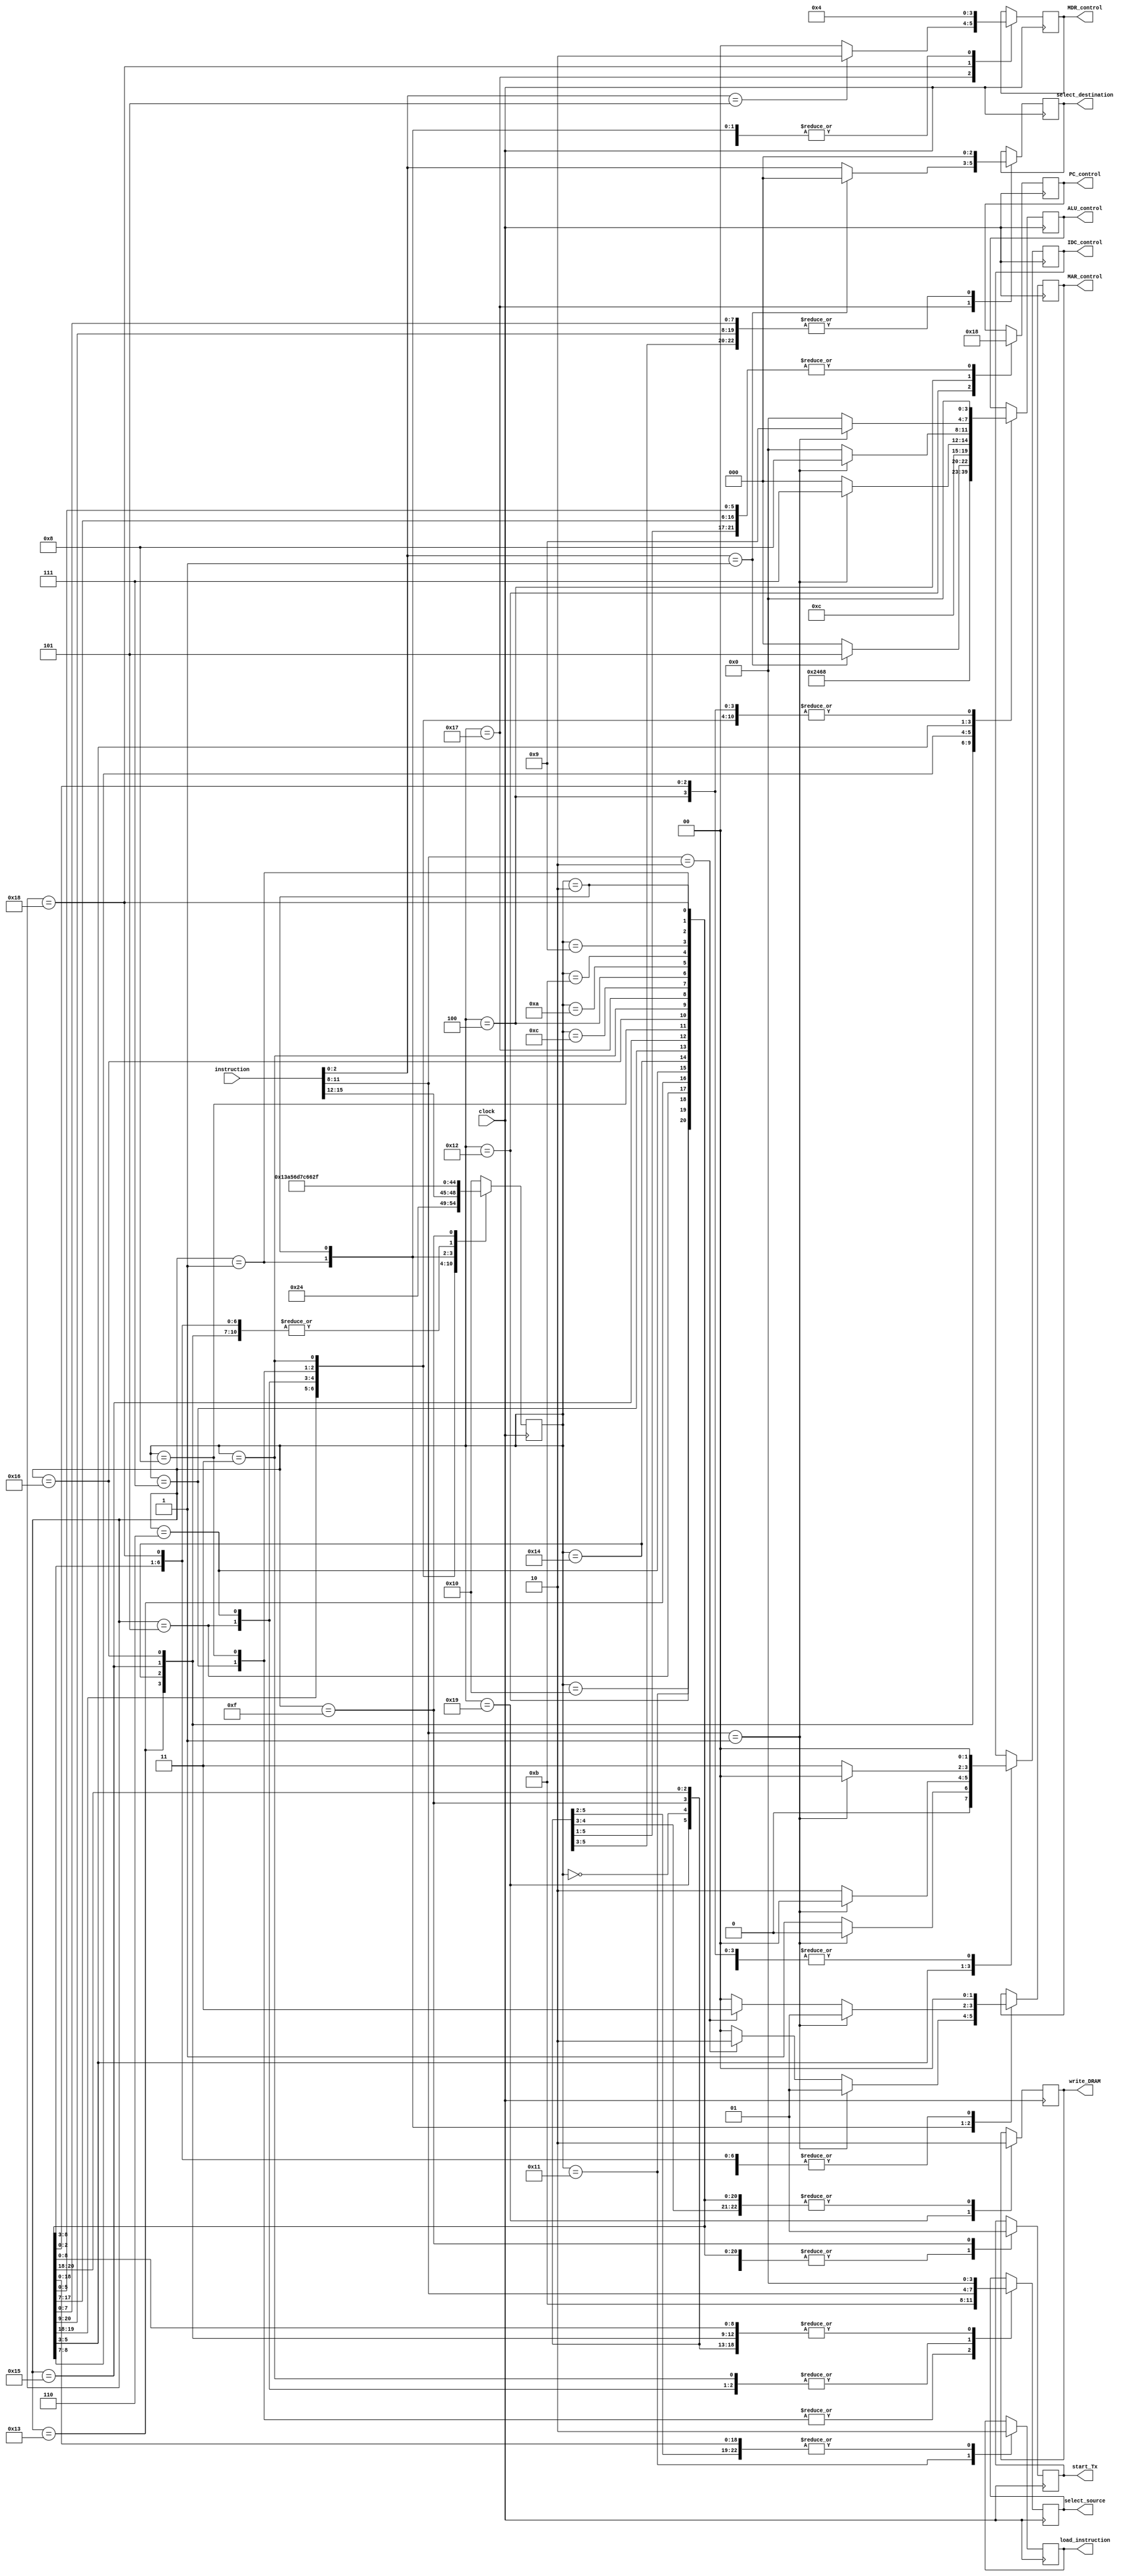
module statemachine(input [15:0] instruction,
					input clock,
					output reg load_instruction,
					output reg [3:0] ALU_control,
					output reg [3:0] select_source,
					output reg [2:0] select_destination,
					output reg [1:0] IDC_control,
					output reg [1:0] MDR_control,
					output reg [1:0] MAR_control,
					output reg [1:0] PC_control,
					output reg write_DRAM,
					output reg start_Tx
					);
		
							
reg [4:0] state;
reg [3:0] source_register;
reg [2:0] destination_register;
reg [3:0] opcode;

initial
begin
	state = 5'b10000; //start
end

always@(instruction)
begin
	opcode = instruction[15:12];
	source_register = instruction[11:8];
	destination_register = instruction[2:0];
end

always@(negedge clock)
begin
	case(state)
		5'b10000: //start (16)
			begin
				load_instruction <= 0;
				ALU_control <= 4'b0000;
				select_source <= 4'b0000;
				select_destination <= 3'b000;
				PC_control <= 2'b00;
				IDC_control <= 2'b00;
				MDR_control <= 2'b00;
				MAR_control <= 2'b00;
				write_DRAM <= 0;
				start_Tx <= 0;
				state <= 5'b10001; //fetch1							
			end
			
		5'b10001: //fetch1 (17)
			begin
				load_instruction <= 1; //read IRAM
				ALU_control <= 4'b0000;
				select_source <= 4'b0000;
				select_destination <= 3'b000;
				PC_control <= 2'b00;
				IDC_control <= 2'b00;
				MDR_control <= 2'b00;
				MAR_control <= 2'b00;
				write_DRAM <= 0;
				start_Tx <= 0;
				state <= 5'b10010; //fetch2
			end
			
		5'b10010: //fetch2 (18)
			begin
				load_instruction <= 0;
				ALU_control <= 4'b0000;
				select_source <= 4'b0000;
				select_destination <= 3'b000;
				PC_control <= 2'b01; //increment PC
				IDC_control <= 2'b00;
				MDR_control <= 2'b00;
				MAR_control <= 2'b00;
				write_DRAM <= 0;
				start_Tx <= 0;
				state <= {1'b0, opcode}; //loaded instruction
			end
			
		5'b00101: //add1 (5)
			begin
				load_instruction <= 0;
				ALU_control <= 4'b0000;
				select_source <= source_register; //copy register to the Bus
				select_destination <= 3'b000;
				PC_control <= 2'b00;
				IDC_control <= 2'b00;
				MDR_control <= 2'b00;
				MAR_control <= 2'b00;
				write_DRAM <= 0;
				start_Tx <= 0;
				state <= 5'b10011; //add2
			end
		
		5'b10011: //add2 (19)
			begin
				load_instruction <= 0;
				ALU_control <= 4'b0001; // AC + Bus
				select_source <= 4'b0000;
				select_destination <= 3'b000;
				PC_control <= 2'b00;
				IDC_control <= 2'b00;
				MDR_control <= 2'b00;
				MAR_control <= 2'b00;
				write_DRAM <= 0;
				start_Tx <= 0;
				state <= 5'b10001; //fetch1
			end
			
		5'b00110: //sub1 (6)
			begin
				load_instruction <= 0;
				ALU_control <= 4'b0000;
				select_source <= source_register; //copy register to the Bus
				select_destination <= 3'b000;
				PC_control <= 2'b00;
				IDC_control <= 2'b00;
				MDR_control <= 2'b00;
				MAR_control <= 2'b00;
				write_DRAM <= 0;
				start_Tx <= 0;
				state <= 5'b10100; //add2
			end
		
		5'b10100: //sub2 (20)
			begin
				load_instruction <= 0;
				ALU_control <= 4'b0010; // AC - Bus
				select_source <= 4'b0000;
				select_destination <= 3'b000;
				PC_control <= 2'b00;
				IDC_control <= 2'b00;
				MDR_control <= 2'b00;
				MAR_control <= 2'b00;
				write_DRAM <= 0;
				start_Tx <= 0;
				state <= 5'b10001; //fetch1
			end
			
		5'b00111: //mul1 (7)
			begin
				load_instruction <= 0;
				ALU_control <= 4'b0000;
				select_source <= 4'b1011;  //copy constant(from instruction) to the Bus
				select_destination <= 3'b000;
				PC_control <= 2'b00;
				IDC_control <= 2'b00;
				MDR_control <= 2'b00;
				MAR_control <= 2'b00;
				write_DRAM <= 0;
				start_Tx <= 0;
				state <= 5'b10101; //mul2
			end
			
		5'b10101: //mul2 (13)
			begin
				load_instruction <= 0;
				ALU_control <= 4'b0011; // AC * Bus
				select_source <= 4'b0000;
				select_destination <= 3'b000;
				PC_control <= 2'b00;
				IDC_control <= 2'b00;
				MDR_control <= 2'b00;
				MAR_control <= 2'b00;
				write_DRAM <= 0;
				start_Tx <= 0;
				state <= 5'b10001; //fetch1
			end
			
		5'b01000: //div1 (8)
			begin
				load_instruction <= 0;
				ALU_control <= 4'b0000;
				select_source <= 4'b1011; //copy constant(from instruction) to the Bus
				select_destination <= 3'b000;
				PC_control <= 2'b00;
				IDC_control <= 2'b00;
				MDR_control <= 2'b00;
				MAR_control <= 2'b00;
				write_DRAM <= 0;
				start_Tx <= 0;
				state <= 5'b10110; //div2
			end
			
		5'b10110: //div2 (22)
			begin
				load_instruction <= 0;
				ALU_control <= 4'b0100; // AC / Bus
				select_source <= 4'b0000;
				select_destination <= 3'b000;
				PC_control <= 2'b00;
				IDC_control <= 2'b00;
				MDR_control <= 2'b00;
				MAR_control <= 2'b00;
				write_DRAM <= 0;
				start_Tx <= 0;
				state <= 5'b10001; //fetch1
			end
			
		5'b00011: //copy (3)
			begin
				load_instruction <= 0;
				ALU_control <= 4'b0000;
				select_source <= source_register; //copy register to the Bus
				select_destination <= 3'b000;
				PC_control <= 2'b00;
				IDC_control <= 2'b00;
				MDR_control <= 2'b00;
				MAR_control <= 2'b00;
				write_DRAM <= 0;
				start_Tx <= 0;
				state <= 5'b10111; //copy2
			end
			
		5'b10111: //copy2 (23)
			begin
				load_instruction <= 0;
				if (destination_register == 3'b001) //If the destination is AC
					ALU_control <= 4'b0101;         //Set Bus value to AC
				else
					ALU_control <= 4'b0000;
				select_source <= 4'b0000;
				if (destination_register == 3'b001) //If the destination is AC
					select_destination <= 3'b000;
				else
					select_destination <= destination_register; //Assignthe destination to Bus
				if (destination_register == 3'b101) //If the destination is MDR
					MDR_control <= 2'b10;           //Set Bus value to MDR
				else
					MDR_control <= 2'b00;
				PC_control <= 2'b00;
				IDC_control <= 2'b00;
				MAR_control <= 2'b00;
				write_DRAM <= 0;
				start_Tx <= 0;
				state <= 5'b10001; //fetch1
			end
			
		5'b01100: //loadk (12)
			begin
				load_instruction <= 0;
				ALU_control <= 4'b0110; //copy constant(from instruction) to the AC
				select_source <= 4'b0000;
				select_destination <= 3'b000;
				PC_control <= 2'b00;
				IDC_control <= 2'b00;
				MDR_control <= 2'b00;
				MAR_control <= 2'b00;
				write_DRAM <= 0;
				start_Tx <= 0;
				state <= 5'b10001; //fetch1
			end
			
		5'b00100: //jump (4)
			begin
				load_instruction <= 0;
				ALU_control <= 4'b0000;
				select_source <= 4'b0000;
				select_destination <= 3'b000;
				PC_control <= 2'b10; //copy Address(from instruction) to the PC
				IDC_control <= 2'b00;
				MDR_control <= 2'b00;
				MAR_control <= 2'b00;
				write_DRAM <= 0;
				start_Tx <= 0;
				state <= 5'b10001; //fetch1
			end
			
		5'b01010: //inc (10)
			begin
				load_instruction <= 0;
				if (source_register == 4'b0001) //If the source register is AC
					ALU_control <= 4'b0111;     //increment AC by 1
				else
					ALU_control <= 4'b0000;
				if (source_register == 4'b0001) //If the source register is AC
					IDC_control <= 2'b00;
				else	
					IDC_control <= 2'b01;       //increment done via IDC controller
				select_source <= 4'b0000;
				select_destination <= 3'b000;
				PC_control <= 2'b00;
				MDR_control <= 2'b00;
				MAR_control <= 2'b00;
				write_DRAM <= 0;
				start_Tx <= 0;
				state <= 5'b10001; //fetch1
			end
			
		5'b01011: //dec (11)
			begin
				load_instruction <= 0;
				if (source_register == 4'b0001) //If the source register is AC
					ALU_control <= 4'b1000;     //decrement AC by 1
				else
					ALU_control <= 4'b0000;     
				if (source_register == 4'b0001) //If the source register is AC
					IDC_control <= 2'b00;
				else	
					IDC_control <= 2'b10;       //deccrement done via IDC controller
				select_source <= 4'b0000;
				select_destination <= 3'b000;
				PC_control <= 2'b00;
				MDR_control <= 2'b00;
				MAR_control <= 2'b00;
				write_DRAM <= 0;
				start_Tx <= 0;
				state <= 5'b10001; //fetch1
			end
			
		5'b01001: //clr (9)
			begin
				load_instruction <= 0;
				if (source_register == 4'b0001) //If the source register is AC
					ALU_control <= 4'b1001;     // AC = 0
				else
					ALU_control <= 4'b0000;
				if (source_register == 4'b0001) //If the source register is AC
					IDC_control <= 2'b00;
				else	
					IDC_control <= 2'b11;       //clear done via IDC controller
				select_source <= 4'b0000;
				select_destination <= 3'b000;
				PC_control <= 2'b00;
				MDR_control <= 2'b00;
				MAR_control <= 2'b00;
				write_DRAM <= 0;
				start_Tx <= 0;
				state <= 5'b10001; //fetch1
			end
			
		5'b00001: //load1 (1)
			begin
				load_instruction <= 0;
				ALU_control <= 4'b0000;
				select_source <= 4'b0000;
				select_destination <= 3'b000;
				PC_control <= 2'b00;
				IDC_control <= 2'b00;
				MDR_control <= 2'b00;
				if (source_register == 4'b0001)      //If the source register is AC 
					MAR_control <= 2'b01;            // MAR <= AC
				else if (source_register == 4'b0010) //If the source register is RR
					MAR_control <= 2'b10;            // MAR <= {RRR,CRR}
				else
					MAR_control <= 2'b00;
				write_DRAM <= 0;
				start_Tx <= 0;
				state <= 5'b11000; //load2
			end
			
		5'b11000: //load2 (24)
			begin
				load_instruction <= 0;
				ALU_control <= 4'b0000;
				select_source <= 4'b0000;
				select_destination <= 3'b000;
				PC_control <= 2'b00;
				IDC_control <= 2'b00;
				MDR_control <= 2'b01; // MDR <= DRAM
				MAR_control <= 2'b00;
				write_DRAM <= 0;
				start_Tx <= 0;
				state <= 5'b10001; //fetch1
			end
			
		5'b00010: //store1 (2)
			begin
				load_instruction <= 0;
				ALU_control <= 4'b0000;
				select_source <= 4'b0000;
				select_destination <= 3'b000;
				PC_control <= 2'b00;
				IDC_control <= 2'b00;
				MDR_control <= 2'b00;
				if (source_register == 4'b0001)      //If the source register is AC 
					MAR_control <= 2'b01;            // MAR <= AC
				else if (source_register == 4'b0010) //If the source register is WR 	
					MAR_control <= 2'b11;            // MAR <= {RWR,CWR}
				else
					MAR_control <= 2'b00;
				write_DRAM <= 0;
				start_Tx <= 0;
				state <= 5'b11001; //store2
			end
			
		5'b11001: //store2 (25)
			begin
				load_instruction <= 0;
				ALU_control <= 4'b0000;
				select_source <= 4'b0000;
				select_destination <= 3'b000;
				PC_control <= 2'b00;
				IDC_control <= 2'b00;
				MDR_control <= 2'b00;
				MAR_control <= 2'b00;
				write_DRAM <= 1; // DRAM <= MDR
				start_Tx <= 0;
				state <= 5'b10001; //fetch1
			end
		
		5'b00000: //nop (0)
			begin
				load_instruction <= 0;
				ALU_control <= 4'b0000;
				select_source <= 4'b0000;
				select_destination <= 3'b000;
				PC_control <= 2'b00;
				IDC_control <= 2'b00;
				MDR_control <= 2'b00;
				MAR_control <= 2'b00;
				write_DRAM <= 0;
				start_Tx <= 0;       
				state <= 5'b10001; //fetch1
			end
			
		5'b01111: //end (15)
			begin
				load_instruction <= 0;
				ALU_control <= 4'b0000;
				select_source <= 4'b0000;
				select_destination <= 3'b000;
				PC_control <= 2'b00;
				IDC_control <= 2'b00;
				MDR_control <= 2'b00;
				MAR_control <= 2'b00;
				write_DRAM <= 0;
				start_Tx <= 1;        //indicate that the processing is done
				state <= 5'b01111; //end
			end
			
		default: state <= 5'b10000; // start 
      endcase
	end
endmodule